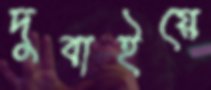
দুবাইয়ে